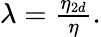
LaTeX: \begin{array}{r}{\lambda=\frac{\eta_{2d}}{\eta}.}\end{array}